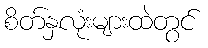
စိတ်နှလုံးများထဲတွင်